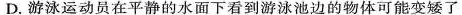
D.游泳运动员在平静的水面下看到游泳池边的物体可能变矮了